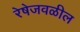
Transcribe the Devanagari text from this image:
रेषेजवळील